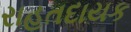
રાહતદાયક